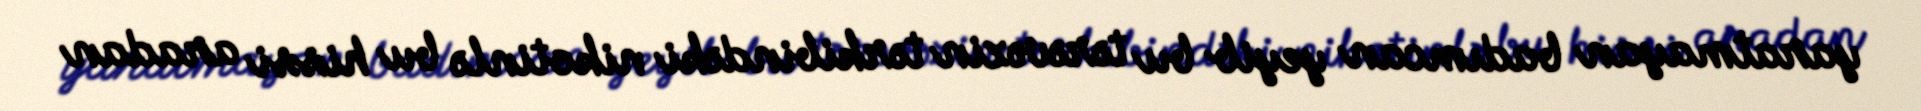
yaratmayan badımcan yeyib bu tərəvəzin tərkibindəki nikotinlə bu hissi aradan